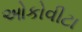
ઓકોવીટા